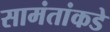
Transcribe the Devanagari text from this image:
सामंतांकडे